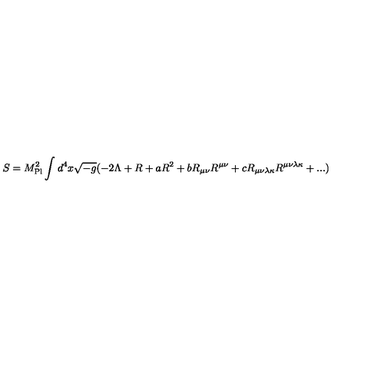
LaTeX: S = { M } _ { \mathrm { { P l } } } ^ { 2 } \int _ { } ^ { } { d } ^ { 4 } x \sqrt { - g } ( - 2 \Lambda + R + a { R } ^ { 2 } + b { R } _ { \mu \nu } { R } ^ { \mu \nu } + c { R } _ { \mu \nu \lambda \kappa } { R } ^ { \mu \nu \lambda \kappa } + . . . )